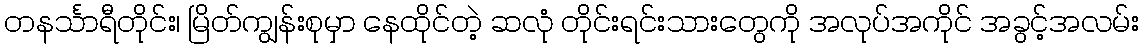
တနင်္သာရီတိုင်း၊ မြိတ်ကျွန်းစုမှာ နေထိုင်တဲ့ ဆလုံ တိုင်းရင်းသားတွေကို အလုပ်အကိုင် အခွင့်အလမ်း